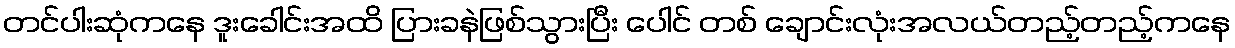
တင်ပါးဆုံကနေ ဒူးခေါင်းအထိ ပြားခနဲဖြစ်သွားပြီး ပေါင် တစ် ချောင်းလုံးအလယ်တည့်တည့်ကနေ